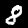
Digit: 8